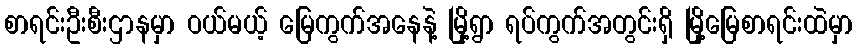
စာရင်းဦးစီးဌာနမှာ ဝယ်မယ့် မြေကွက်အနေနဲ့ မြို့ရွာ ရပ်ကွက်အတွင်းရှိ မြို့မြေစာရင်းထဲမှာ